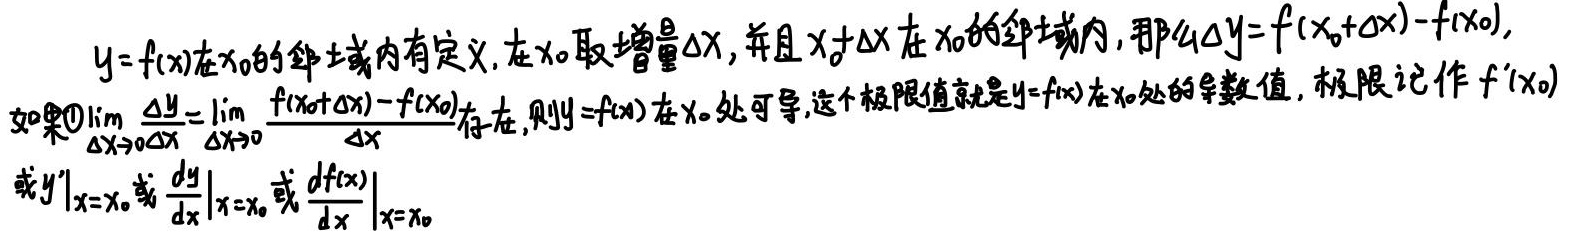
$y = f(x)$在$x_0$的邻域内有定义, 在$x_0$取增量$\Delta x$, 并且$x_0+\Delta x$在$x_0$的邻域内, 那么$\Delta y = f(x_0+\Delta x)-f(x_0)$, 如果$\lim\limits_{\Delta x \to 0}\frac{\Delta y}{\Delta x}=\lim\limits_{\Delta x \to 0}\frac{f(x_0+\Delta x)-f(x_0)}{\Delta x}$存在, 则$y = f(x)$在$x_0$处可导, 这个极限值就是$y = f(x)$在$x_0$处的导数值, 极限记作$f'(x_0)$或$y'|_{x = x_0}$或$\frac{dy}{dx}|_{x = x_0}$或$\frac{df(x)}{dx}|_{x = x_0}$